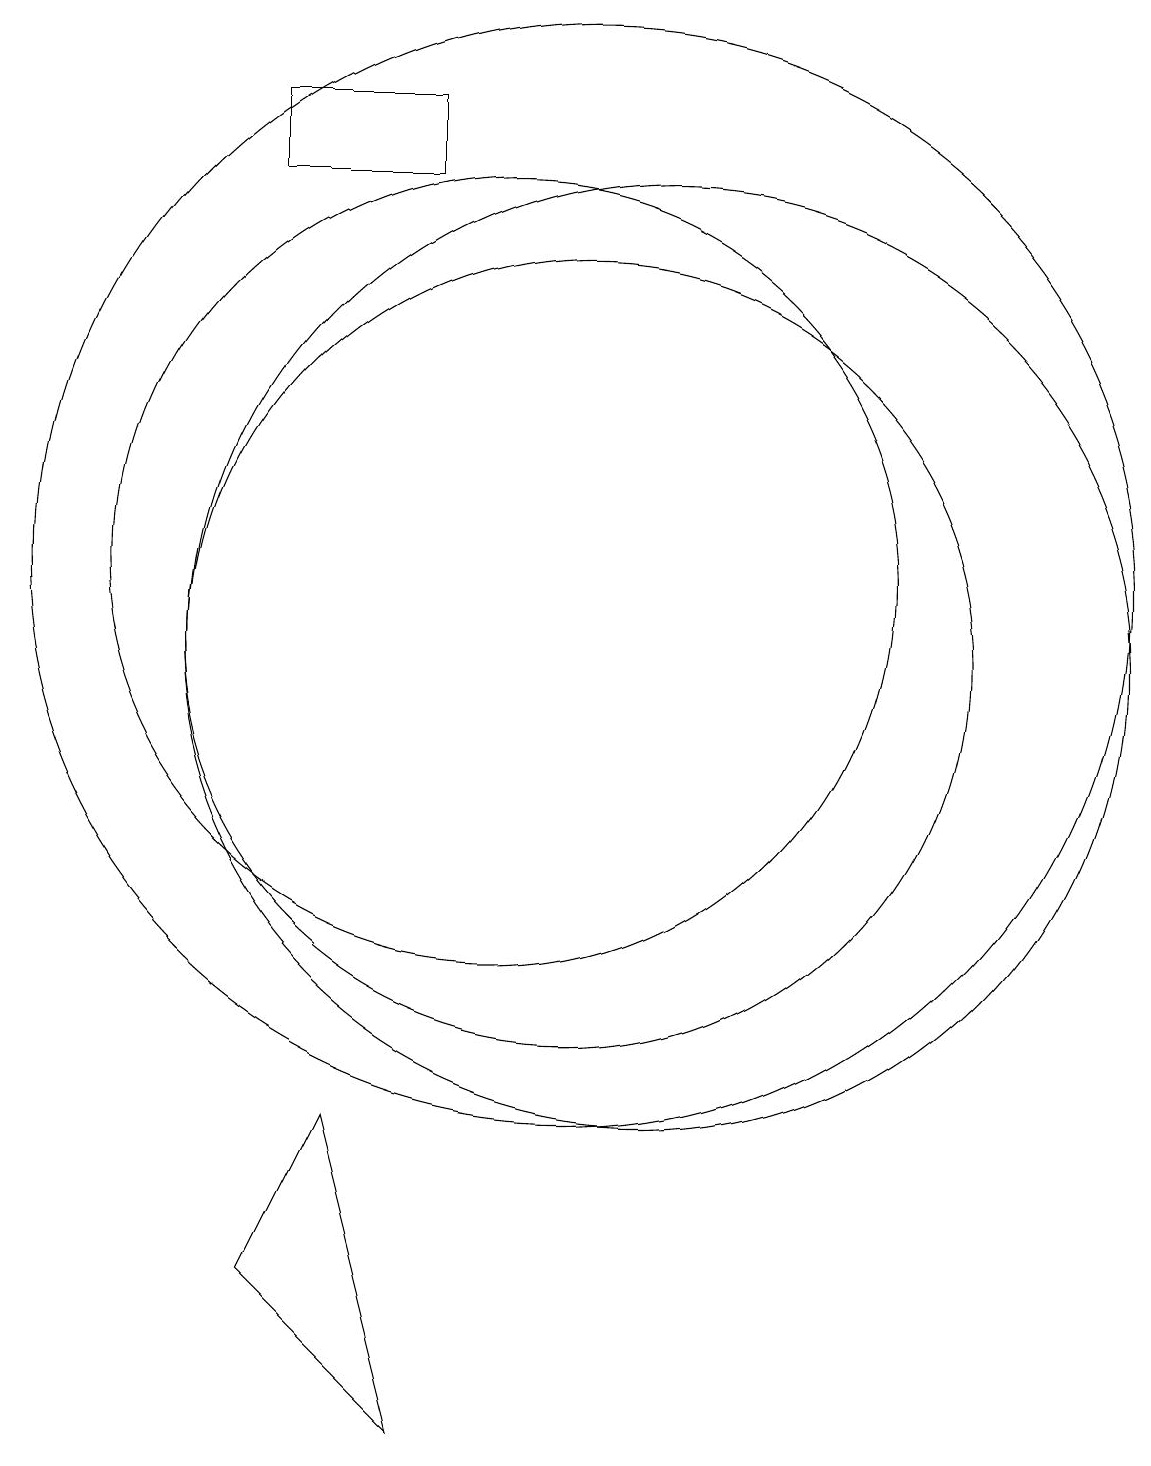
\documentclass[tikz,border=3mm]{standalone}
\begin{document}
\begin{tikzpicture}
\draw (8,4) -- (9,0) -- (7,2) -- cycle;
\draw (12,10) circle (6);
\draw (11,11) circle (7);
\draw (11,10) circle (5);
\draw (10,11) circle (5);
\draw (7,17) rectangle (9,16);
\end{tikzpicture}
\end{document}